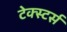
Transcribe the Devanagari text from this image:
टेक्स्टर्स